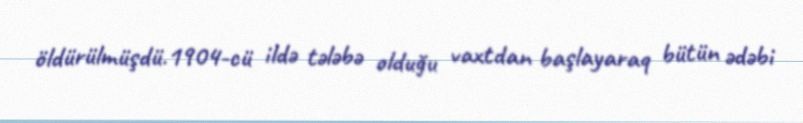
öldürülmüşdü.1904-cü ildə tələbə olduğu vaxtdan başlayaraq bütün ədəbi